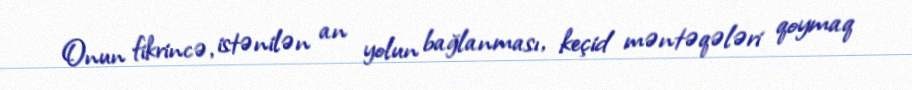
Onun fikrincə, istənilən an yolun bağlanması, keçid məntəqələri qoymaq